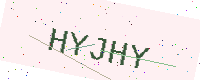
Text: HYJHY